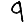
Digit: 9